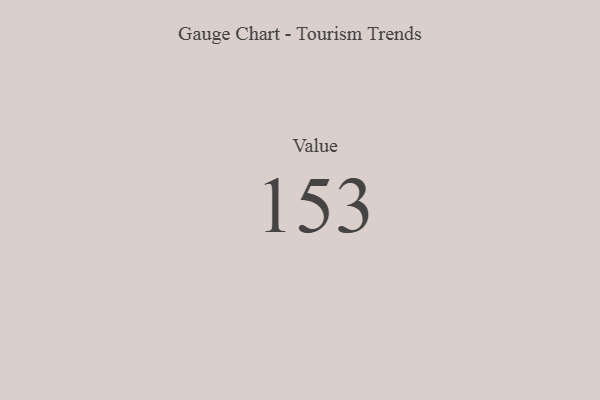
{"axis": {"x": "Metric", "y": "Value"}, "legend": [""], "data": [{"x": "Value", "y": 153, "type": ""}]}